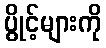
ပွိုင့်များကို